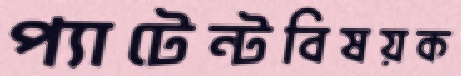
প্যাটেন্টবিষয়ক